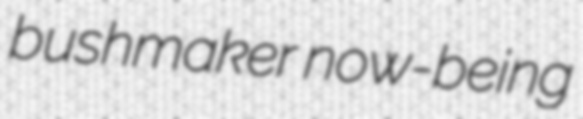
bushmaker now-being